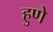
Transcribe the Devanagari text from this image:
हुणे